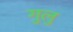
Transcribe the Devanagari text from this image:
गुलु